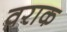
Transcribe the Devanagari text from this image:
वराक